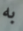
به